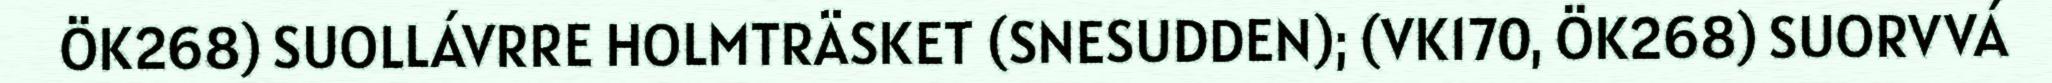
ÖK268) SUOLLÁVRRE HOLMTRÄSKET (SNESUDDEN); (VK170, ÖK268) SUORVVÁ